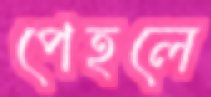
পেহলে